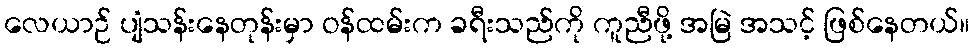
လေယာဉ် ပျံသန်းနေတုန်းမှာ ဝန်ထမ်းက ခရီးသည်ကို ကူညီဖို့ အမြဲ အသင့် ဖြစ်နေတယ်။